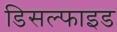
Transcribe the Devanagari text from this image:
डिसल्फाइड